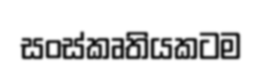
සංස්කෘතියකටම